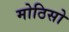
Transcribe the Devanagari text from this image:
मोठिसो